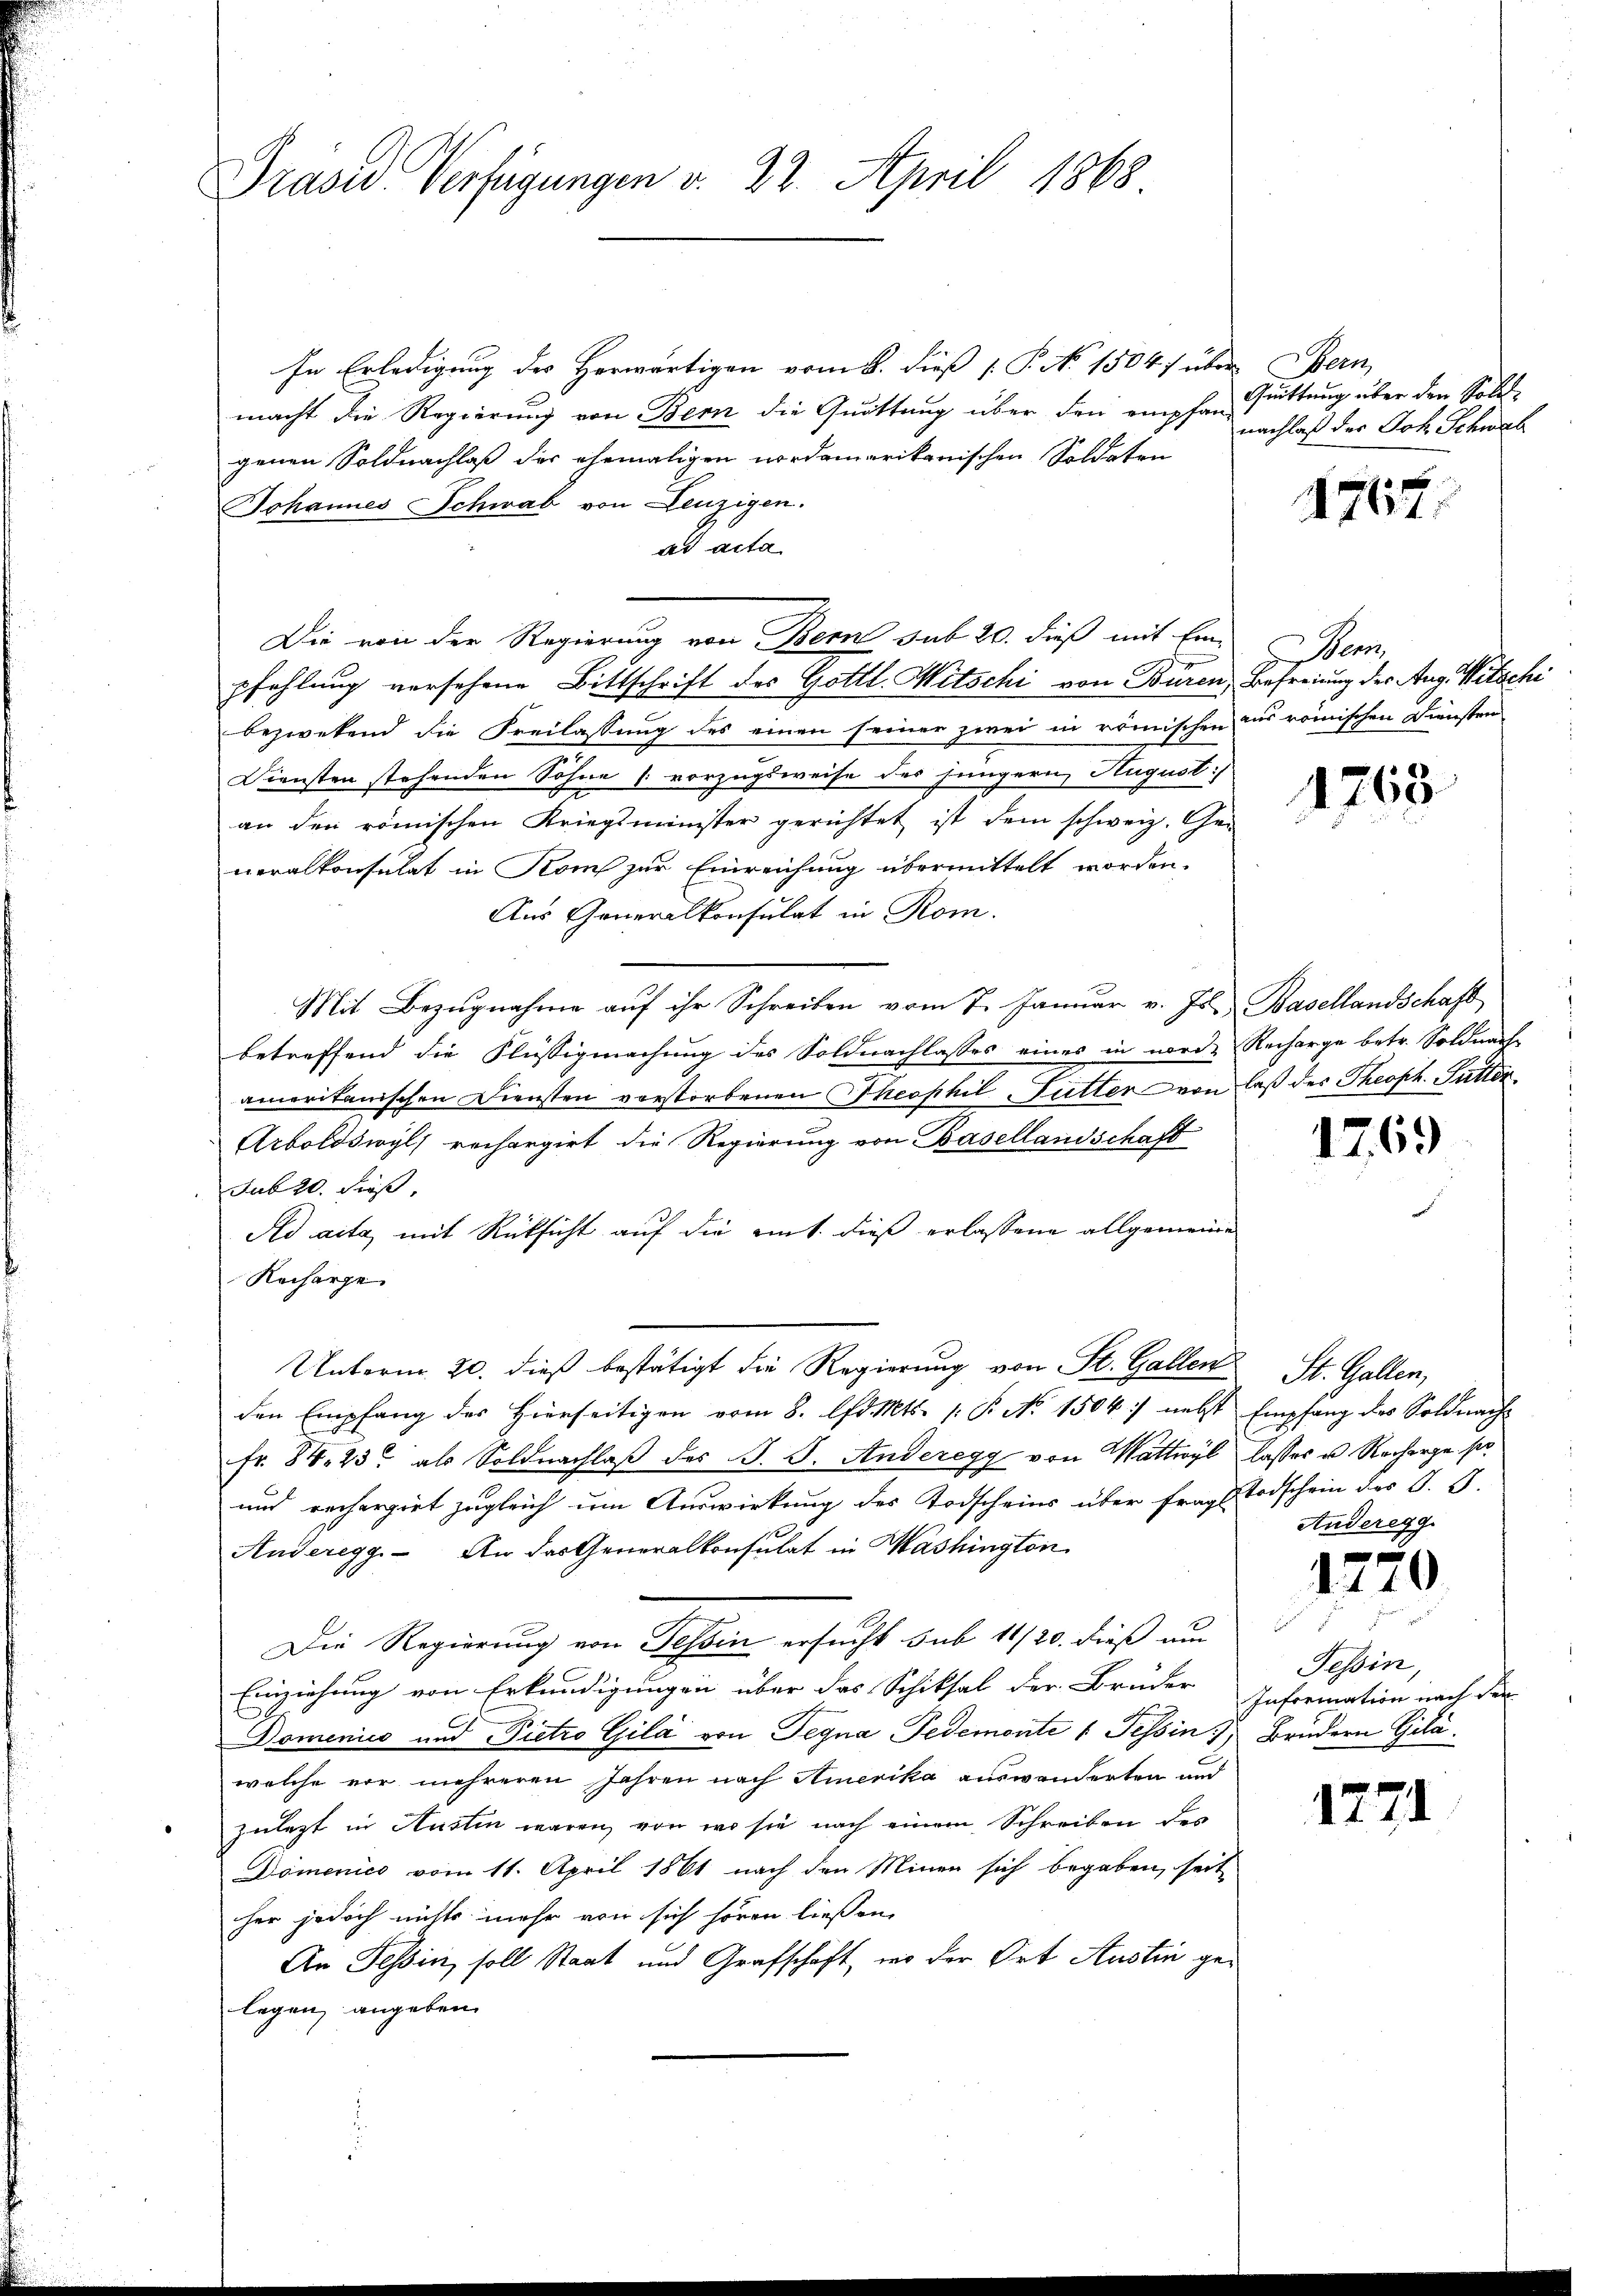
Präses Verfügungen v. 22. April 1868

In Erledigung des Herwärtigen vom 8. dieß P. No 1804 über Bern,
macht die Regierung von Bern die Quittung über den empfan-
genen Soldnachlaß der ehemaligen nordamerikanischen Soldaten
Johannes Schwab von Lenzigen.
ad acta
pfehlung versehene Bittschrift des Gottl. Witschi von Büren, Befreiung des Aug. Witschi
bezwekend die Freilassung des einen seiner zwei in römischen aus römischen Diensten
Diensten stehenden Söhne [vorzugsweise des jüngern August
2
an den römischen Kriegsminister gerichtet ist dem schweiz. Ge-
neralkonsulat in Koms zur Einreichung übermittelt worden.
Aus Generalkonsulat in Rom.
Mit Bezugnahme auf ihr Schreiben vom 7. Januar v. Js. Basellandschaft
betreffend die Flüssigmachung des Soldnachlasses eines in nord- Recharge betr. Soldnach
ameritanischen Diensten verstorbenen Theophil-Futter von laß des Theoph. Futter¬
Arboldswyl rechargirt die Regierung von Basellandschaft
sub 20. Fröß,
Ad acta mit Rücksicht auf die eit. dieß erlassene allgemeine
Recharge.
Unterm 20. dieß bestätigt die Regierung von St. Gallen
den Empfang des Hierseitigen vom 8. d. Mts. (: P. No 1504) nebst Empfang des Soldnach
fr. 84, 23 als Soldnachlaß des S. S. Anderegg von Wattwyl lasses u. Recharge ser
und rechergiet zugleich um Auswirkung des Todscheins über frage Todschein des O. S.
Anderegg. An das Generalkonsulat in Mashington
Die Regierung von Tessin ersucht sub 11/20. dieß au
Einziehung von Erkundigungen über das Schiksal der Brüder
Domenico und Pietro Gila von Tegna Pedemonte : Tessin, Brudern Gilawelche vor mehreren Jahren nach Amerika auswanderten und
zuletzt in Austen waren, von wo sie nach einem Schreiben des
Domenico vom 11. April 1861 nach den Minen sich begaben, seit
her jedoch nichts mehr von sich hören ließen,
An Tessin soll Staat und Grafschaft, wo der Ort Auslin gelegen angeben

Die von der Regierung von Bern sub 20. dieß mit Ein-

Quittung über den Sollnachlaß der Joh. Schwab

ern

4764

1763

1769

St. Gallen,
Anderegg.

1770

.
Tessin,
Information nach den

1771